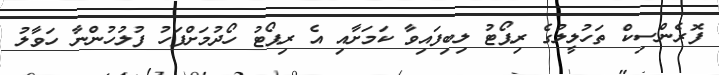
ފޮރެންސިކް ތަހުލީލުގެ ރިޕޯޓު ލިބިފައިވާ ކަމަށާއި އެ ރިޕޯޓު ހޯދުމަށްފަހު ފުލުހުންނާ ހަވާލު